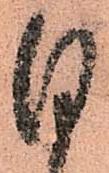
日